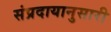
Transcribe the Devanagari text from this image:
संप्रदायानुसारी